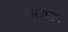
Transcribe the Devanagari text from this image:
बदाउन